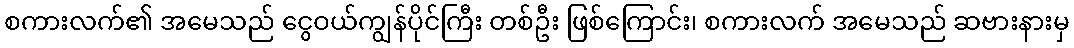
စကားလက်၏ အမေသည် ငွေဝယ်ကျွန်ပိုင်ကြီး တစ်ဦး ဖြစ်ကြောင်း၊ စကားလက် အမေသည် ဆဗားနားမှ